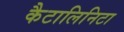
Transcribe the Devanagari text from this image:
कैटालिनिटा